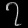
Digit: ၇